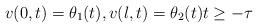
LaTeX: \begin{align*} v(0, t) = \theta_{1}(t), v(l, t) = \theta_{2}(t) t \geq -\tau \end{align*}